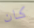
كان